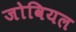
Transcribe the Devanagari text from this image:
जोवियल